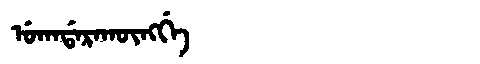
Manchu: ᡠᡴᠠᡩᠠᡵᠠᡴᡡᠩᡤᡝ
Romanization: UKADARAKŪNGGE